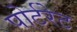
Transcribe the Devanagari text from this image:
पोर्टरेट